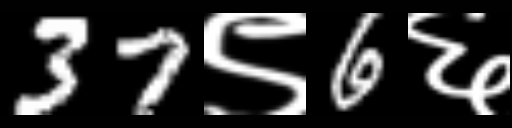
Text: 37९6६